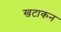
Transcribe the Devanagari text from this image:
खटाकन